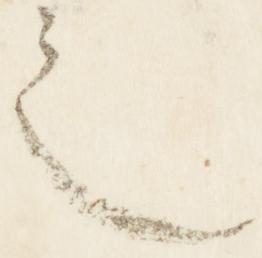
之